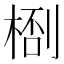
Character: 𬃙